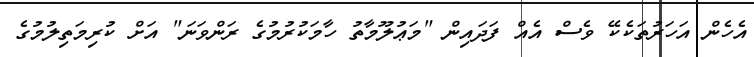
އެހެން އަހަރުތަކެކޭ ވެސް އެއް ފަދައިން "މަޢުލޫމާތު ހާމަކުރުމުގެ ރަންވަނަ" އަށް ކުރިމަތިލުމުގެ